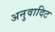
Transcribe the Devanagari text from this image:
अनुवादिट